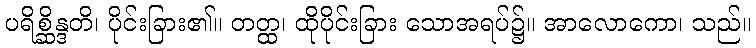
ပရိစ္ဆိန္ဒတိ၊ ပိုင်းခြား၏။ တတ္ထ၊ ထိုပိုင်းခြား သောအရပ်၌။ အာလောကော၊ သည်။